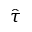
\hat { \tau }